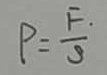
P = \frac { F . } { S }